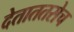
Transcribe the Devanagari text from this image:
देताततसेच